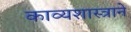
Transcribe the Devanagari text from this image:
काव्यशास्त्राने